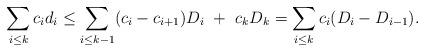
LaTeX: \begin{align*}\sum_{i\le k}c_id_i \le \sum_{i\le k-1}(c_i-c_{i+1})D_i \ + \ c_kD_k = \sum_{i\le k}c_i (D_i-D_{i-1}).\end{align*}